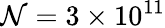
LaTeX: \mathcal{N}=3\times 10^{11}